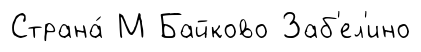
Страна́ М Байково Заб'ел'ино